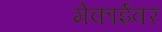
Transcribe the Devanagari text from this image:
मेकाईवर